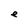
Character: e